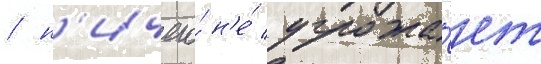
/ н'ичего́ н'е́ угрожа́ет